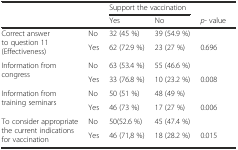
<table><thead><tr><td rowspan="2" colspan="2"></td><td colspan="2"><b>Support the vaccination</b></td><td></td></tr><tr><td><b>Yes</b></td><td><b>No</b></td><td><b><i>p</i>- value</b></td></tr></thead><tbody><tr><td rowspan="2">Correct answer to question 11 (Effectiveness)</td><td>No</td><td>32 (45 %)</td><td>39 (54.9 %)</td><td></td></tr><tr><td>Yes</td><td>62 (72.9 %)</td><td>23 (27 %)</td><td>0.696</td></tr><tr><td rowspan="2">Information from congress</td><td>No</td><td>63 (53.4 %)</td><td>55 (46.6 %)</td><td></td></tr><tr><td>Yes</td><td>33 (76.8 %)</td><td>10 (23.2 %)</td><td>0.008</td></tr><tr><td rowspan="2">Information from training seminars</td><td>No</td><td>50 (51 %)</td><td>48 (49 %)</td><td></td></tr><tr><td>Yes</td><td>46 (73 %)</td><td>17 (27 %)</td><td>0.006</td></tr><tr><td rowspan="2">To consider appropriate the current indications for vaccination</td><td>No</td><td>50(52.6 %)</td><td>45 (47.4 %)</td><td></td></tr><tr><td>Yes</td><td>46 (71,8 %)</td><td>18 (28.2 %)</td><td>0.015</td></tr></tbody></table>